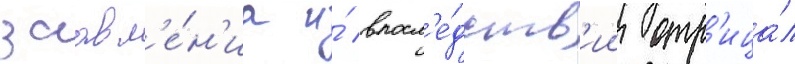
заавл'е́н'иа и́ впосл'е́дств'ии отр'ица́л